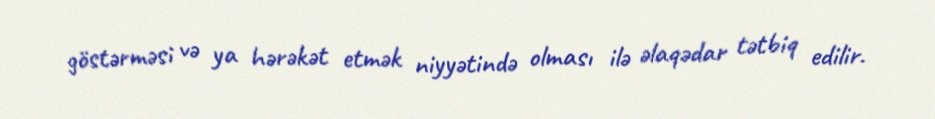
göstərməsi və ya hərəkət etmək niyyətində olması ilə əlaqədar tətbiq edilir.